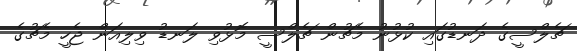
ޗެލްސީގެ ދަނޑުގައި ކުޅުނު މެޗުން ޗެލްސީ މޮޅުވި ލަނޑު ވިލިއަން ޖެހީ މެޗުގެ